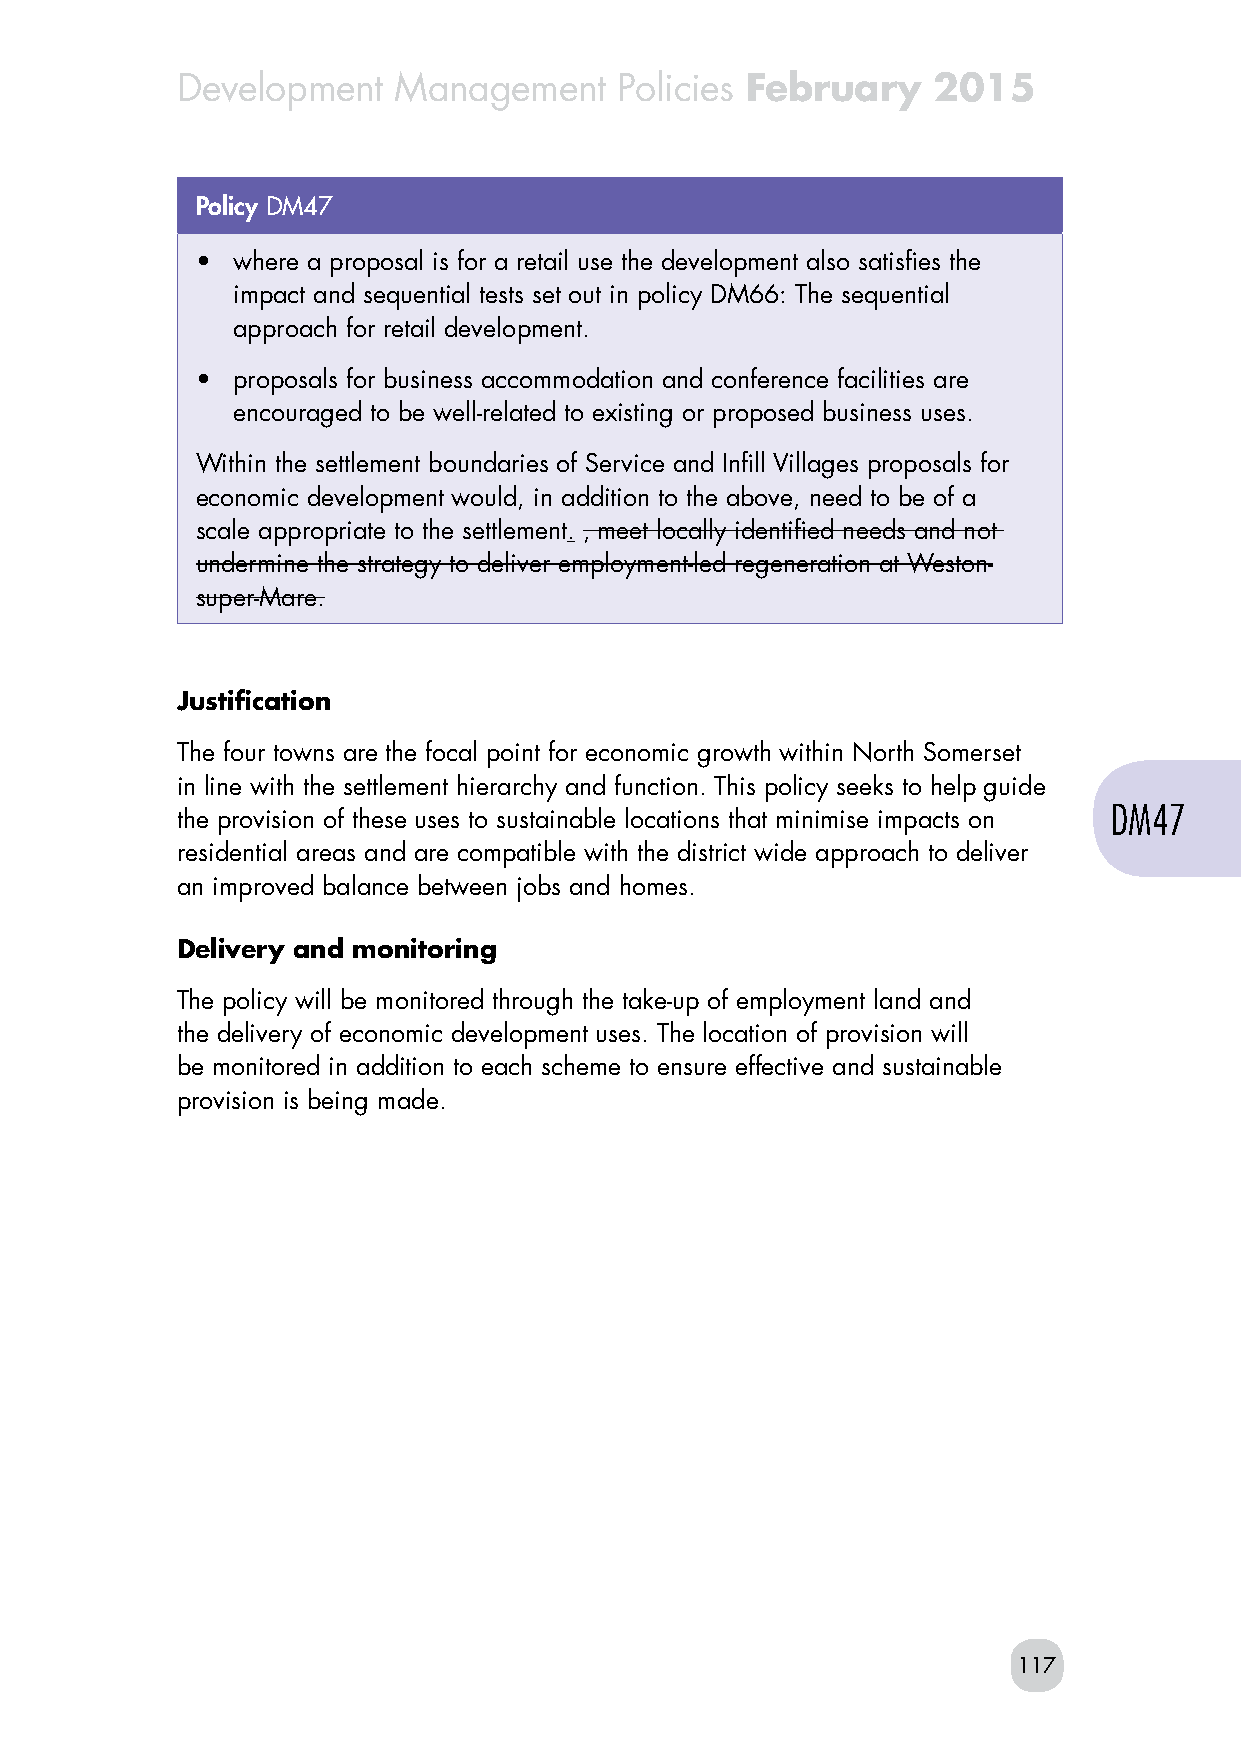
Development   Management     Policies February    2015
 Policy DM47
 • where a proposal is for a retail use the development also satisfies the
 impact and sequential tests set out in policy DM66: The sequential
 approach for retail development.
 • proposals for business accommodation and conference facilities are
 encouraged to be well-related to existing or proposed business uses.
 Within the settlement boundaries of Service and Infill Villages proposals for
 economic development would, in addition to the above, need to be of a
 scale appropriate to the settlement. , meet locally identified needs and not
 undermine the strategy to deliver employment-led regeneration at Weston-
 super-Mare.
 Justification
 The four towns are the focal point for economic growth within North Somerset
 in line with the settlement hierarchy and function. This policy seeks to help guide
 DM47
 the provision of these uses to sustainable locations that minimise impacts on
 residential areas and are compatible with the district wide approach to deliver
 an improved balance between jobs and homes.
 Delivery and monitoring
 The policy will be monitored through the take-up of employment land and
 the delivery of economic development uses. The location of provision will
 be monitored in addition to each scheme to ensure effective and sustainable
 provision is being made.
 117